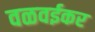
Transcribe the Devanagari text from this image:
वळवईकर